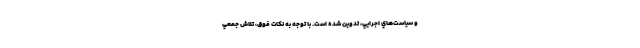
و سياست‌هاي اجرايي، تدوين شده است. با توجه به نكات فوق، تلاش جمعي